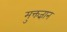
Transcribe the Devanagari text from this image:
मुक्तज्ञान